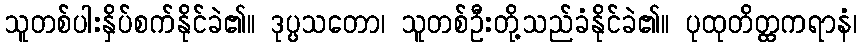
သူတစ်ပါးနှိပ်စက်နိုင်ခဲ၏။ ဒုပ္ပသတော၊ သူတစ်ဦးတို့သည်ခံနိုင်ခဲ၏။ ပုထုတိတ္ထကရာနံ၊